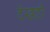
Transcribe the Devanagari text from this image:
देखटी